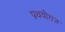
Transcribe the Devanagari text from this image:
प्रथवीराज